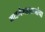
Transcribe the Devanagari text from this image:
गाडगेमहाराजांचा